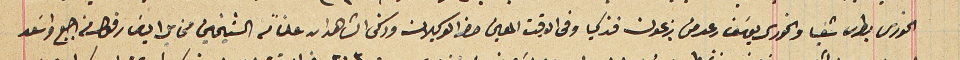
الخورى بطرس شعيا والخوري يوسَف رعد من بزعون فزكيا وفى الوقت المعين حضر الوكيلان وذكى الشاهدان علناً من الشيخين مخايل الياسَ رفول من اجبع واسَعد